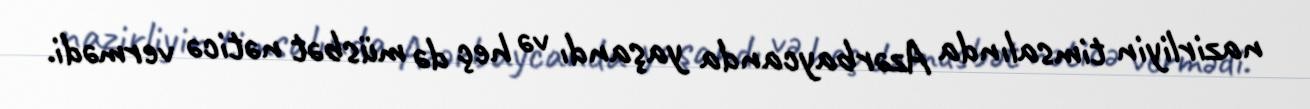
nazirliyin timsalında Azərbaycanda yaşandı və heç də müsbət nəticə vermədi.